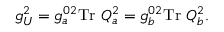
g _ { U } ^ { 2 } = g _ { a } ^ { 0 2 } \mathrm { T r } ~ Q _ { a } ^ { 2 } = g _ { b } ^ { 0 2 } \mathrm { T r } ~ Q _ { b } ^ { 2 } .